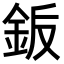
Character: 𬫋